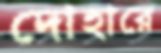
দোহারে